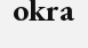
okra